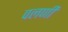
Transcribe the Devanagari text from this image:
वलणी